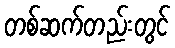
တစ်ဆက်တည်းတွင်